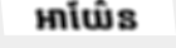
អាយ៌ែន